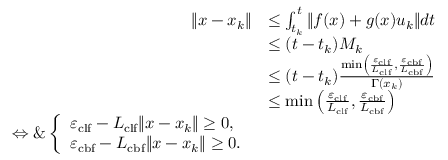
\begin{array} { r } { \begin{array} { r l } { \| x - x _ { k } \| } & { \leq \int _ { t _ { k } } ^ { t } \| f ( x ) + g ( x ) u _ { k } \| d t } \\ & { \leq ( t - t _ { k } ) M _ { k } } \\ & { \leq ( t - t _ { k } ) \frac { \operatorname* { m i n } \left( \frac { \varepsilon _ { \mathrm { c l f } } } { L _ { \mathrm { c l f } } } , \frac { \varepsilon _ { \mathrm { c b f } } } { L _ { \mathrm { c b f } } } \right) } { \Gamma ( x _ { k } ) } } \\ & { \leq \operatorname* { m i n } \left( \frac { \varepsilon _ { \mathrm { c l f } } } { L _ { \mathrm { c l f } } } , \frac { \varepsilon _ { \mathrm { c b f } } } { L _ { \mathrm { c b f } } } \right) } \\ { \Leftrightarrow \& \left\{ \begin{array} { l l } { \varepsilon _ { \mathrm { c l f } } - L _ { \mathrm { c l f } } \| x - x _ { k } \| \geq 0 , } \\ { \varepsilon _ { \mathrm { c b f } } - L _ { \mathrm { c b f } } \| x - x _ { k } \| \geq 0 . } \end{array} \right. } \end{array} } \end{array}